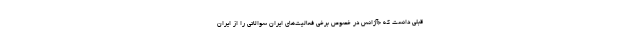
قبلی دانست که «آژانس در خصوص برخی فعالیت‌های ایران سوالاتی را از ایران